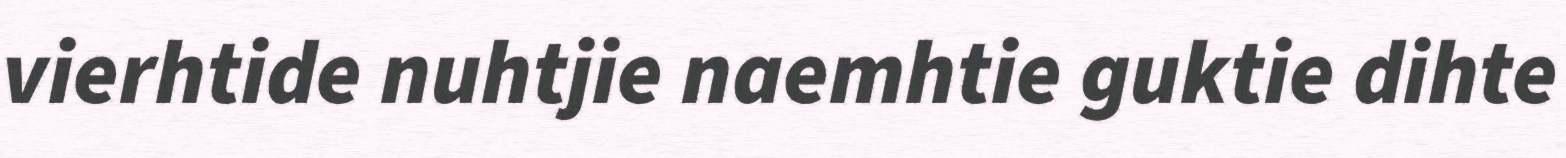
vierhtide nuhtjie naemhtie guktie dihte